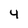
Character: 4